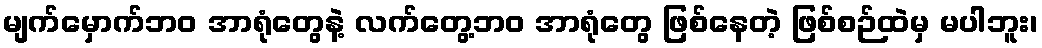
မျက်မှောက်ဘဝ အာရုံတွေနဲ့ လက်တွေ့ဘဝ အာရုံတွေ ဖြစ်နေတဲ့ ဖြစ်စဉ်ထဲမှ မပါဘူး၊